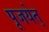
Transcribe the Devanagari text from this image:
पूजयेत्